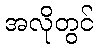
အလိုတွင်